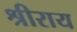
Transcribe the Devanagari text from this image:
श्रीराय